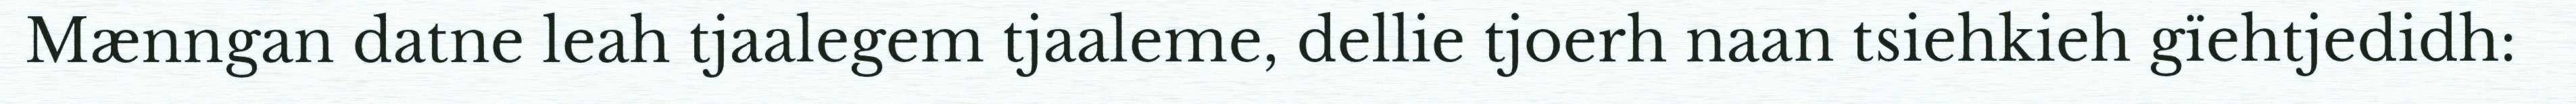
Mænngan datne leah tjaalegem tjaaleme, dellie tjoerh naan tsiehkieh gïehtjedidh: